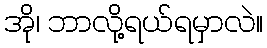
အို၊ ဘာလို့ရယ်ရမှာလဲ။